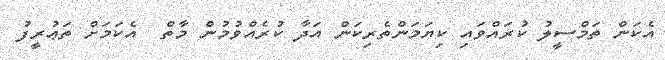
އެކަން ތަމްސީލު ކުރައްވައި ކިޔަމަންތެރިކަން އަދާ ކުރެއްވުމުން މާތް  އެކަމަށް ތަޢުރީފު